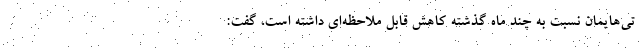
تی‌هایمان نسبت به چند ماه گذشته کاهش قابل ملاحظه‌ای داشته است، گفت: